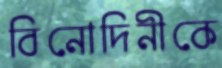
বিনোদিনীকে